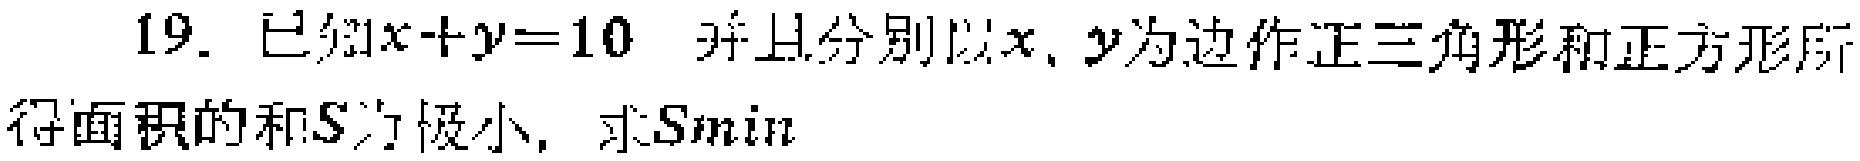
19. 已知\(x + y = 10\)，并且分别以\(x\)，\(y\)为边作正三角形和正方形所得面积的和\(S\)为极小，求\(S_{\min}\)